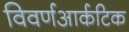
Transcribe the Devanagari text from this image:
विवर्णआर्कटिक